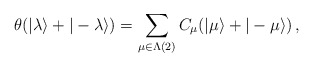
\begin{align*}\theta(|\lambda\rangle+|-\lambda\rangle)=\sum_{\mu\in\Lambda(2)}C_\mu(|\mu\rangle+|-\mu\rangle)\,,\end{align*}